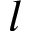
l